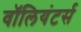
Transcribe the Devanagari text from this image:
वॉलियंटर्स